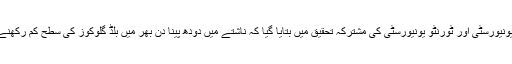
کینییڈا کی گیولف یونیورسٹی اور ٹورنٹو یونیورسٹی کی مشترکہ تحقیق میں بتایا گیا کہ ناشتے میں دودھ پینا دن بھر میں بلڈ گلوکوز کی سطح کم رکھنے میں مدد دیتا ہے۔